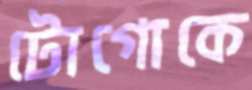
টোগোকে